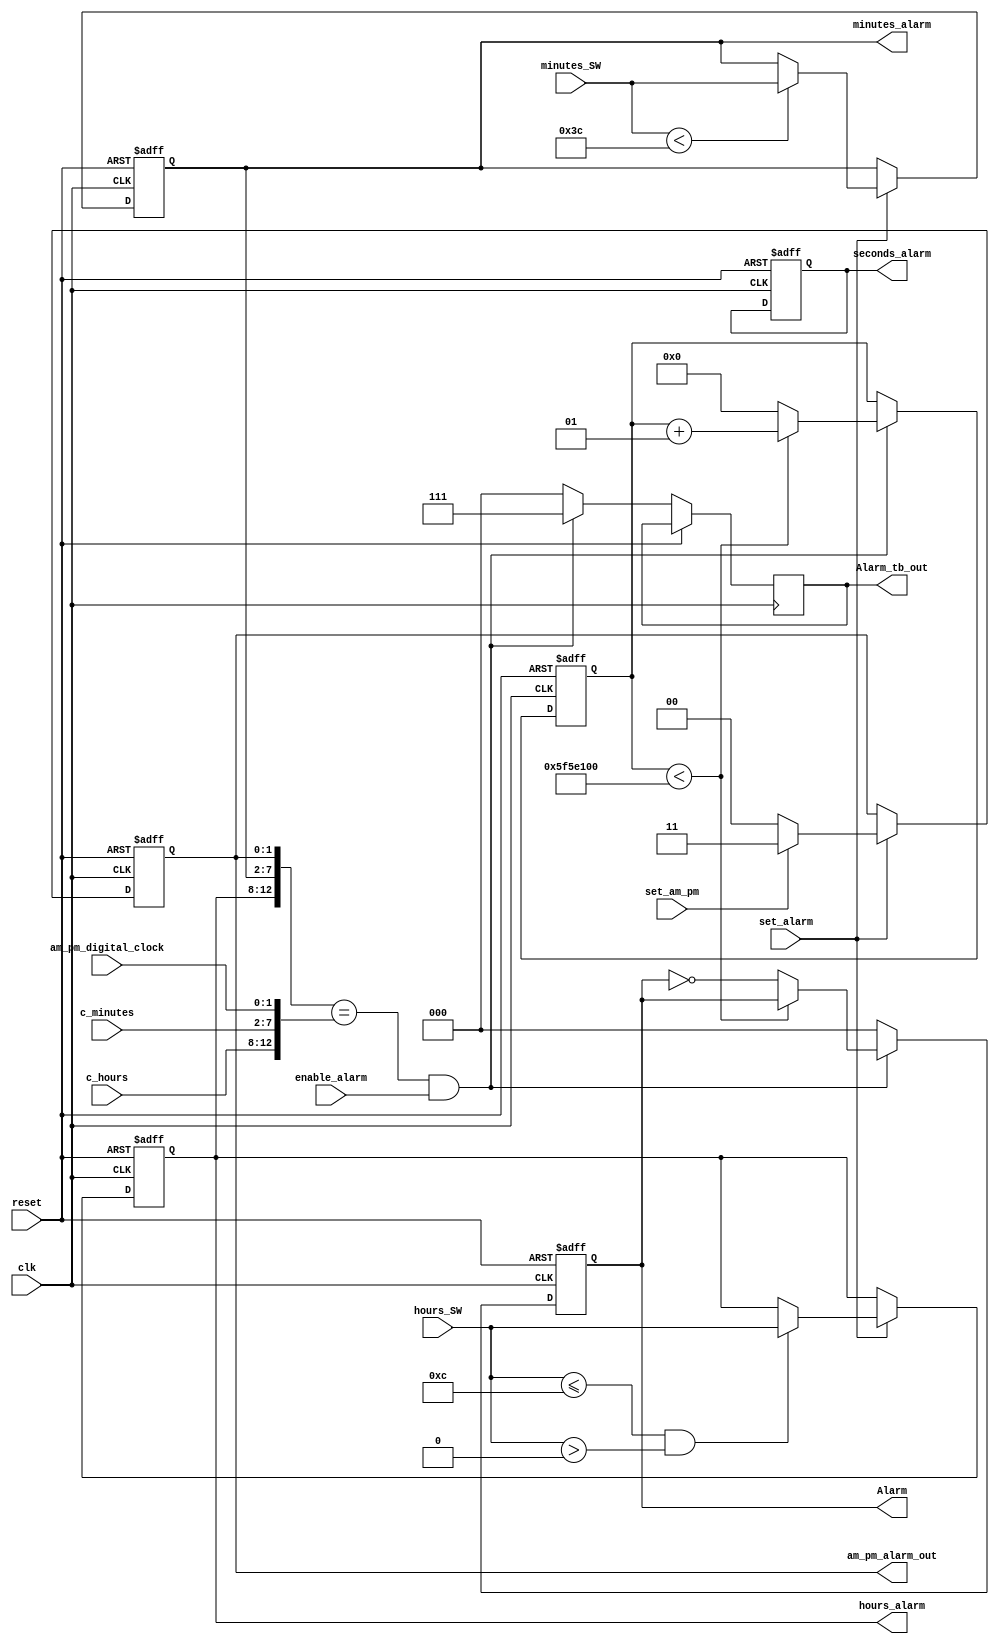
module alarm_clock(
 input reset, 
 input clk, 
 input set_alarm,  // sets the alarm
 input [1:0] am_pm_digital_clock, // gets the am_pm from digit_clock module
 input set_am_pm,  // sets the alarm to 0=AM or 1=PM 
 input enable_alarm, // enable and disable's the alarm
 input [5:0] minutes_SW,  c_minutes,
 input [4:0] c_hours, hours_SW,
 output reg [1:0]am_pm_alarm_out, // outputs the am_pm_alarm
 output reg [2:0] Alarm, // outputs the alarm using one of the RGB leds
 output reg [2:0] Alarm_tb_out, // used to output the RGB leds of the test bench
 // outputs the alarm time
 output reg [5:0] seconds_alarm, minutes_alarm, 
 output reg [4:0] hours_alarm
 );
 
// Internal parameters for flashing the Alarm led
integer led_flash_counter = 0;
 
// Set Alarm Clock Operation
 always @(posedge clk or posedge reset) begin
    if(reset) begin 
        seconds_alarm = 0;
        minutes_alarm = 0;
        hours_alarm = 12;
        am_pm_alarm_out = 1'b00; // default am_pm_alarm_out to 00=AM
    end 
    else if(set_alarm) begin
        if(set_am_pm==1) 
            am_pm_alarm_out = 2'b11; // sets to 11=PM
        else if(set_am_pm==0) 
            am_pm_alarm_out = 2'b00; // set to 00=AM
        if(minutes_SW < 60) 
            minutes_alarm = minutes_SW;
        if((hours_SW<=12)&&(hours_SW>0)) // must be within limit 
            hours_alarm = hours_SW; 
    end
end 
 
//Alarm functionality
 always @(posedge clk or posedge reset) begin
    if(reset) begin
        Alarm <= 0;
        led_flash_counter <= 0;
    end
    else begin
        if({hours_alarm, minutes_alarm, am_pm_alarm_out}=={c_hours, c_minutes, am_pm_digital_clock} && enable_alarm == 1) begin
           Alarm_tb_out = 3'b111; // used for test bench output
           if(led_flash_counter) begin
                if(led_flash_counter < 100000000) begin
                    led_flash_counter <= led_flash_counter + 1;
                end
                else begin
                    led_flash_counter <= 0;
                    Alarm <= ~Alarm;
                end
           end
           else begin
                if(led_flash_counter < 100000000) begin
                    led_flash_counter <= led_flash_counter + 1;
                end
                else begin
                    led_flash_counter <= 0;
                    Alarm <= ~Alarm;
                end                
           end
       end
      else begin
           Alarm <= 0;
           Alarm_tb_out = 3'b000; // used for test bench output
      end
   end
 end
 
endmodule